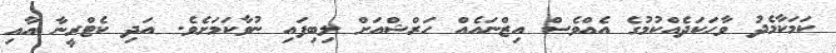
ކަމަކާމެދު ވާހަކަދެއްކުމުގެ އެއްވެސް އިޒްނައެއް ހަރްޝްއަށް ލިބިފައި ނުވާކަމަށެވެ. އަދި ކެޓްރީނާ އާއި